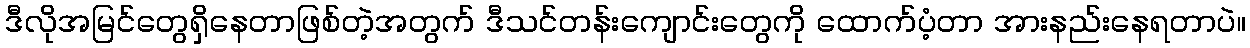
ဒီလိုအမြင်တွေရှိနေတာဖြစ်တဲ့အတွက် ဒီသင်တန်းကျောင်းတွေကို ထောက်ပံ့တာ အားနည်းနေရတာပဲ။